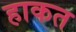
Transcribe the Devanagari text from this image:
हाकत